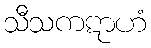
သီသကဋာဟံ